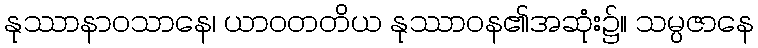
နုဿာနာဝသာနေ၊ ယာဝတတိယ နုဿာဝန၏အဆုံး၌။ သမ္ပဇာနေ